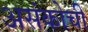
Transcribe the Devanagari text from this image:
असंकोची